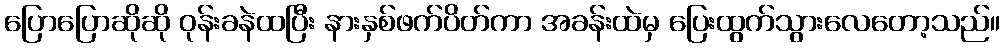
ပြောပြောဆိုဆို ဝုန်းခနဲထပြီး နားနှစ်ဖက်ပိတ်ကာ အခန်းထဲမှ ပြေးထွက်သွားလေတော့သည်။